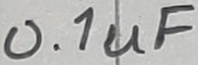
Text: 0.1uF